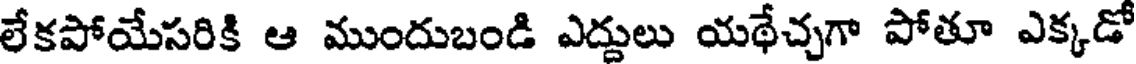
లేకపోయేసరికి ఆ ముందుబండి ఎద్దులు యథేచ్చగా పోతూ ఎక్కడో